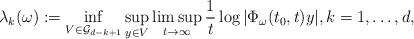
LaTeX: \begin{align*}\lambda_k(\omega) := \inf_{V\in {\mathcal G}_{d-k+1}} \sup_{y\in V} \limsup_{t\rightarrow \infty} \frac{1}{t} \log |\Phi_\omega(t_0,t)y|,k=1,\ldots, d,\end{align*}